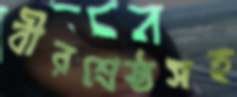
বীরশ্রেষ্ঠসহ